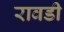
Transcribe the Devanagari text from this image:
रावडी